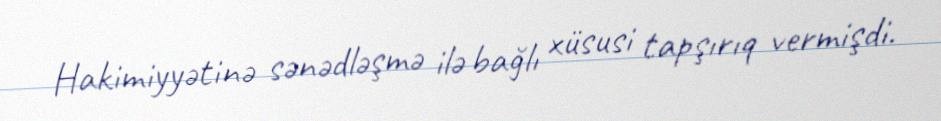
Hakimiyyətinə sənədləşmə ilə bağlı xüsusi tapşırıq vermişdi.